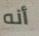
أنه